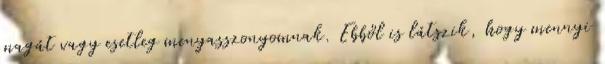
magát vagy esetleg menyasszonyomnak. Ebből is látszik, hogy mennyi